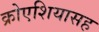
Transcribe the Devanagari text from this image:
क्रोएशियासह